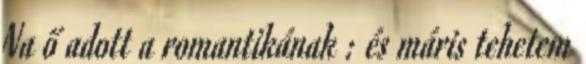
Na ő adott a romantikának : és máris tehetem